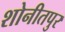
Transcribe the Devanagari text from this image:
शोनीतपुर